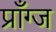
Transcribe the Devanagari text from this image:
प्राँग्ज